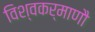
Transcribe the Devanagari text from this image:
विश्वकर्माणौ